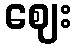
ဈေး